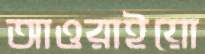
আওরাইয়ো